Medical and sanitary report of the native army of Bengal for the year
Year: 1877
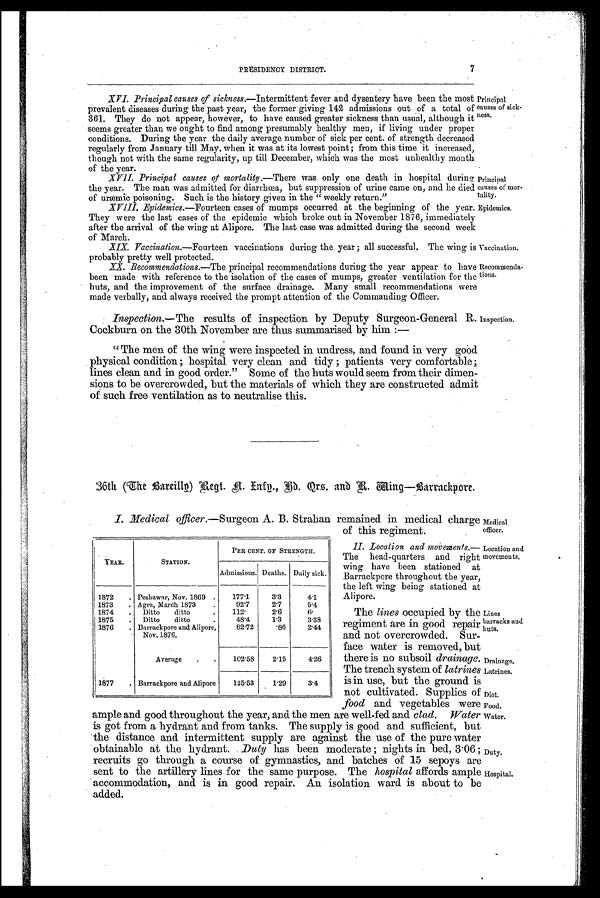
Principal
causes of nior-
epidemics.
iaccination.
lecoramenda.-
;ions.
Wedical
acer.
)cation and
Dvemen ts.
amines
∎arracks and
luts.
rainage.
atrines.
)iet.
rood.
Hater.
)uty.
Iospital.
7
PRESIDENCY DISTRICT.
XVI. Principal causes of sickness.—Intermittent fever and , dysentery have been the most
prevalent diseases during the past year, the former giving 142 admissions out of a total of
361. They do not appear, however, to have caused greater sickness than usual, although it
seems greater than we ought to find among presumably healthy men, if living under proper
conditions. During the year the daily average number of sick per cent. of strength decreased
regularly from January till May, when it was at its lowest point ; from this time it increased,
though not with the same regularity, up till December, which was the most unhealthy mouth
of the year.
XVII. Principal causes of mortality. —There was only one death in hospital during
the year. The man was admitted for diarrhoea, but suppression of urine came on, and he died
of urmnaie poisoning. Such is the history given in the " weekly return."
XVIII. Epidemics.—Fourteen cases of mumps occurred at the beginning of the year.
They were the last cases of the epidemic which broke out in November 1876, immediately
after the arrival of the wing at Alipore. The last case was admitted during the second week
of March.
XIX. Vaccination.—Fourteen vaccinations during the year ; all successful. The wing is
probably pretty well protected.
XX. Recommendations.—The principal recommendations during the year appear to have
been made with reference to the isolation of the cases of mumps, greater ventilation for the
huts, and the improvement of the surface drainage. Many small recommendations were
made verbally, and always received the prompt attention of the Commanding Officer.
Inspection.— The results of inspection by Deputy Surgeon-General R.
Cockburn on the 30th November are thus summarised by him :—
" The men of the wing were inspected in undress, and found in very good
physical condition ; hospital very clean and tidy ; patients very comfortable;
lines clean and in good order." Some of the huts would seem from their dimen-
sions to be overcrowded, but the materials of which they are constructed admit
of such free ventilation as to neutralise this.
'rincipal
, auses of sick-
Less.
uspection.
36th (The Bareillo) Regt. N. Info., Rd. Qrs. and R. Wing- Barrackpore.
I. Medical officer.-Surgeon A. B. Strahan remained in medical charge
of this regiment.
YEAR.
STATION.
PER CENT. OF STRENGTH.
Admissions. Deaths. Daily sick.
1872
Peshawar, Nov. 1869
1 7 7 . 1
3 . 3
4 . 1
1873
Agea, March 1873
9 2 . 7
2 . 7
5 . 4
1874
Ditto
ditto
1 1 2 .
2 . 6
6 .
1875
Ditto
ditto
4 8 . 4
1 . 3
3 . 3 8
1876
Barrackpore and Alipore, Nov. 1876.
8 2 . 7 2
. 8 6
2 . 4 4
Average
1 0 2 . 5 8
2 . 1 5
4 . 2 6
1877
Barrackpore and Alipore
1 2 5 . 5 3
1 . 2 9
3 . 4
ample and good throughout the year, and the men are well-fed and clad. Water
is got from a hydrant and from tanks. The supply is good and. sufficient, but
the distance and intermittent supply are against the use of the pure water
obtainable at the hydrant. Duty has been moderate ; nights in bed, 3.06 ;
recruits go through a course of gymnastics, and batches of 15 sepoys are
sent to the artillery lines for the same purpose. The hospital affords ample
accommodation, and is in good repair. An isolation ward is about to be
added.
II. Location and movements.-
T h e h e a d - q u a r t e r s a n d r i g h t
wing have been stationed at
Barrackpore throughout the year,
the left wing being stationed at
Alipore.
The lines occupied by the
regiment are in good repair
and not overcrowded. Sur-
face water is removed, but
there is no subsoil drainage.
The trench system of latrines
is in use, but the ground is
not cultivated. Supplies of
food and vegetables were